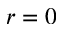
r = 0